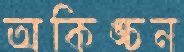
অকিঙ্চন